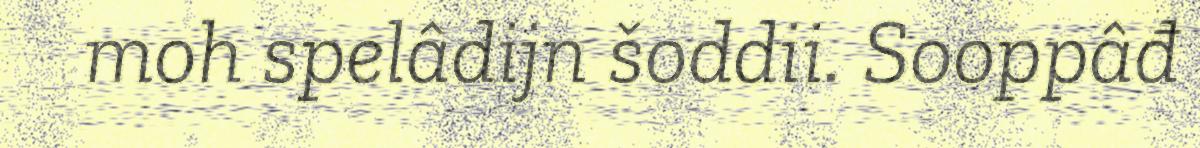
moh spelâdijn šoddii. Sooppâđ